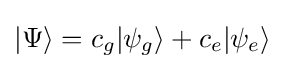
|\Psi \rangle =c_{g}|\psi _{g}\rangle +c_{e}|\psi _{e}\rangle